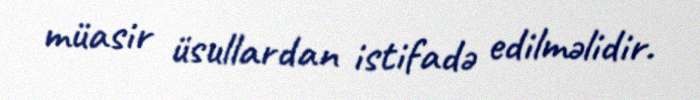
müasir üsullardan istifadə edilməlidir.